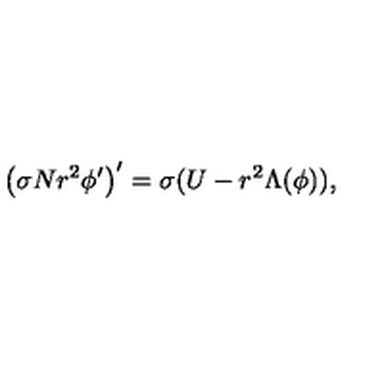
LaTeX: \left( \sigma N r ^ { 2 } \phi ^ { \prime } \right) ^ { \prime } = \sigma ( U - r ^ { 2 } \Lambda ( \phi ) ) ,